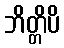
ဘိတ္တိပိ